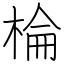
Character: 棆